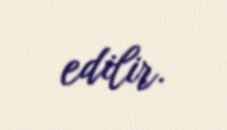
edilir.